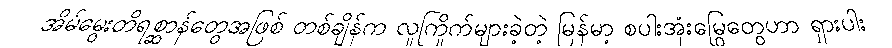
အိမ်မွေးတိရစ္ဆာန်တွေအဖြစ် တစ်ချိန်က လူကြိုက်များခဲ့တဲ့ မြန်မာ့ စပါးအုံးမြွေတွေဟာ ရှားပါး